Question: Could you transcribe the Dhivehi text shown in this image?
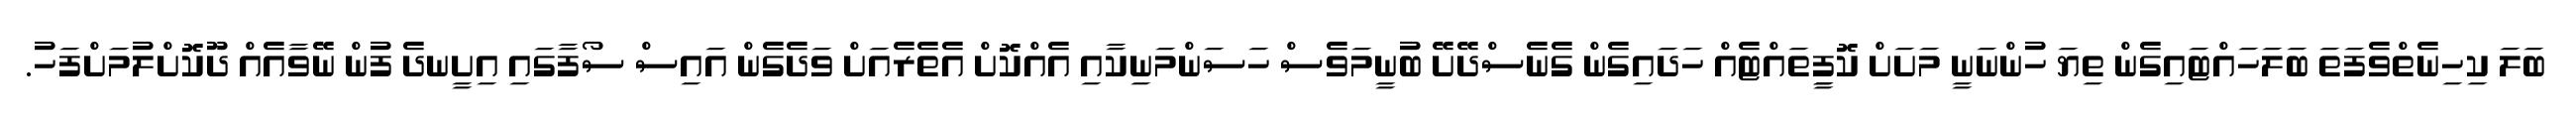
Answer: ބަލަ ކިހިނެތްވެފަތަ ބަލަހައްޓައިގެން ތިޔަ ހުންނަނީ މަށަށް ކޮފީިތައްޓެއް ހަދައިގެން ގެނެސްދޭށޭ ބުނީމަވެސް ހަސަންމަނިކާއި އެއްކޮށް އެތެރެއަށް ވަދެގެން އައިސް ސޯފާގައި އިށީނދެ ފުން ނޭވާއެއް ދޫކޮށްލުމަށްފަހު.